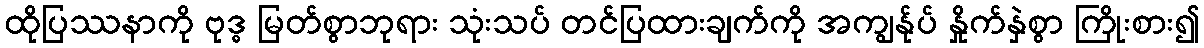
ထိုပြဿနာကို ဗုဒ္ဓ မြတ်စွာဘုရား သုံးသပ် တင်ပြထားချက်ကို အကျွန်ုပ် နှိုက်နှဲစွာ ကြိုးစား၍